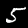
Digit: 5